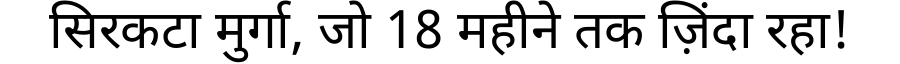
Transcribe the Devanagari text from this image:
सिरकटा मुर्गा, जो 18 महीने तक ज़िंदा रहा!